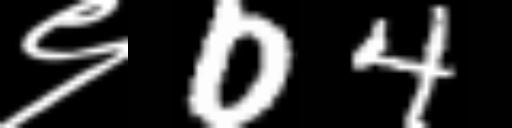
Text: ९04